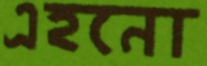
এহনো